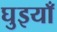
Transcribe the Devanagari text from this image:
घुइयाँ